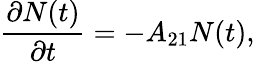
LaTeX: {\frac{\partial N(t)}{\partial t}}=-A_{21}N(t),